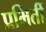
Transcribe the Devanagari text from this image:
प्रभिर्ती